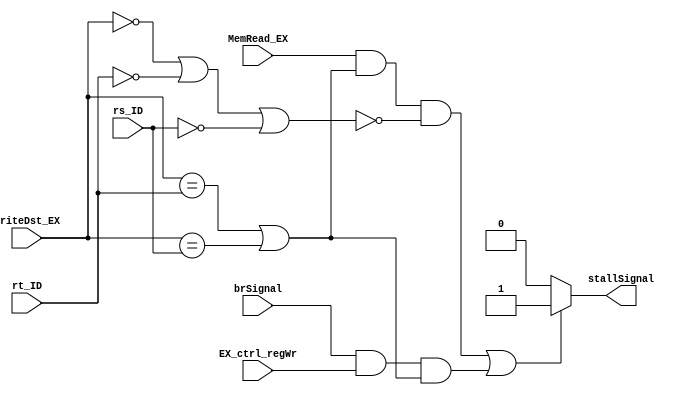
module HazardDetector ( rs_ID, rt_ID, 
	MemRead_EX, WriteDst_EX,
	brSignal, EX_ctrl_regWr,
	stallSignal
	);
	//Rt As Load Word - Write Destination
	
	input	[4:0]	rs_ID;
	input	[4:0]	rt_ID;
	input			MemRead_EX;
	input	[4:0]	WriteDst_EX;
	input			brSignal;
	input			EX_ctrl_regWr;

	output			stallSignal;

	wire	[4:0]	WriteDst_EX;
	wire	[4:0]	rt_ID;
	wire	[4:0]	rs_ID;
	wire			MemRead_EX;
  
	reg				stallSignal;
	reg				lwH;
	reg				brH;
  
	always @(*) begin
		stallSignal = 0;		
		lwH = MemRead_EX & ((WriteDst_EX == rt_ID) || WriteDst_EX == rs_ID) & !((WriteDst_EX == 0) || (rt_ID == 0) || (rs_ID == 0));
		brH = brSignal & EX_ctrl_regWr & ((WriteDst_EX == rt_ID) || (WriteDst_EX == rs_ID));
		if (lwH || brH)
			stallSignal = 1;
	end
endmodule